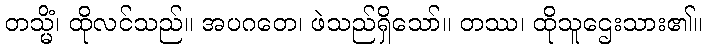
တသ္မိံ၊ ထိုလင်သည်။ အပဂတေ၊ ဖဲသည်ရှိသော်။ တဿ၊ ထိုသူဌေးသား၏။